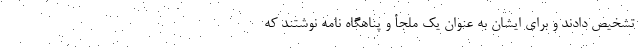
تشخیص دادند و برای ایشان به عنوان یک ملجأ و پناهگاه نامه نوشتند که